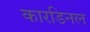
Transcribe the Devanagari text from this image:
कारडिनल